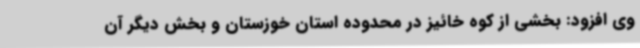
وی افزود: بخشی از کوه خائیز در محدوده استان خوزستان و بخش دیگر آن